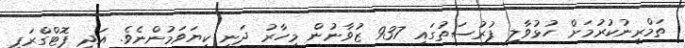
ތަމްރީނުކުރުމަށް ހުޅުވާލި ފުރުސަތުގައި 937 ޒުވާނުން މިހާރު ދަނީ ކިޔަވަމުންނެވެ. އަދި ފޮޓްގްރަފީ